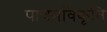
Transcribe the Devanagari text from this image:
पाचनविकृति